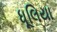
ધૂલિયા